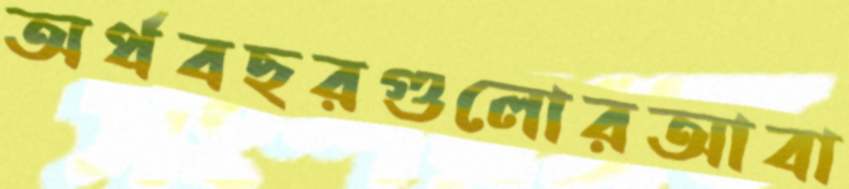
অর্থবছরগুলোরআবা